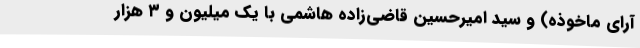
آرای ماخوذه) و سید امیرحسین قاضی‌زاده هاشمی با یک میلیون و ۳ هزار